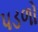
પડળો